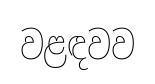
වළඳවව